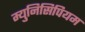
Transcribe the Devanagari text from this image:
म्युनिसिपियम